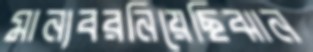
মান্যবরনিয়েছিঝান